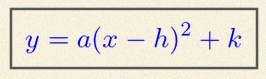
y=a(x-h)^2+k